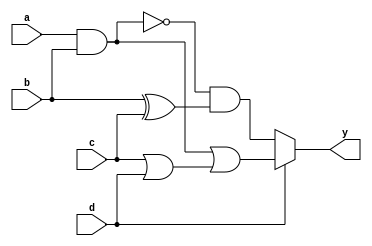
module MultiLevelSimplification (
    input wire a,      // Input signal a
    input wire b,      // Input signal b
    input wire c,      // Input signal c
    input wire d,      // Input signal d
    output wire y      // Output signal y
);

// Intermediate signals
wire not_a;          // NOT gate output
wire and_ab;         // AND gate output
wire or_cd;          // OR gate output
wire nand_ab;        // NAND gate output
wire xor_bc;         // XOR gate output
wire mux_out;        // MUX output

// Level 1: Basic Logic Gates
assign not_a = ~a;                  // NOT gate
assign and_ab = a & b;              // AND gate
assign or_cd = c | d;               // OR gate
assign nand_ab = ~(a & b);          // NAND gate
assign xor_bc = b ^ c;              // XOR gate

// Level 2: Intermediate Logic
// Combine intermediate signals using common sub-expressions
wire intermediate1 = and_ab | or_cd; // Combine AND and OR outputs
wire intermediate2 = nand_ab & xor_bc; // Combine NAND and XOR outputs

// Level 3: Multiplexer for Optimization
// Select between intermediate results based on input 'd'
assign mux_out = (d) ? intermediate1 : intermediate2;

// Final Output Logic
assign y = mux_out; // Final output

endmodule